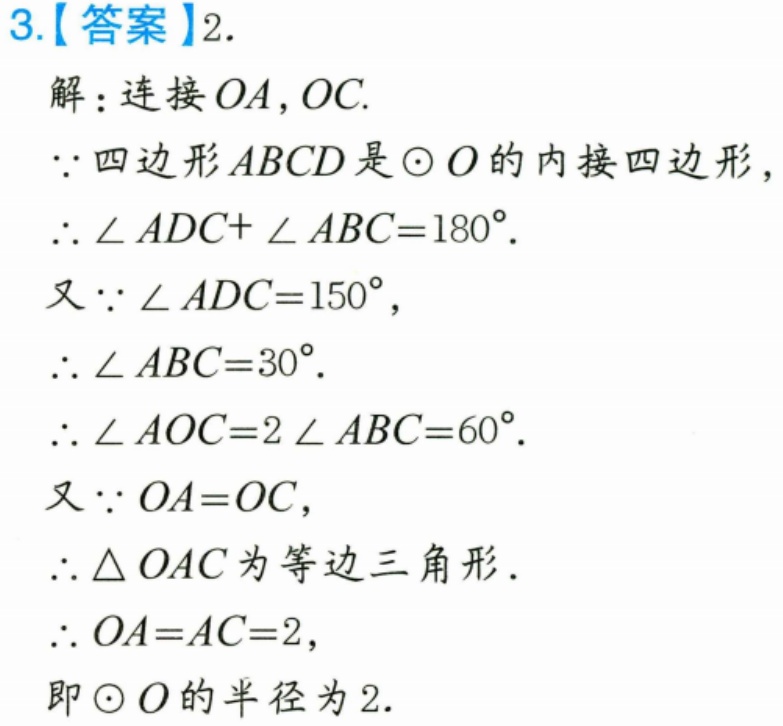
3.【答案】2.
解：连接 \(OA,OC\).
\(\because\) 四边形 \(ABCD\) 是 \(\odot O\) 的内接四边形，
\(\therefore\angle ADC+\angle ABC = 180^{\circ}\).
又 \(\because\angle ADC = 150^{\circ}\)，
\(\therefore\angle ABC = 30^{\circ}\).
\(\therefore\angle AOC = 2\angle ABC = 60^{\circ}\).
又 \(\because OA = OC\)，
\(\therefore\triangle OAC\) 为等边三角形.
\(\therefore OA = AC = 2\)，
即 \(\odot O\) 的半径为 2.